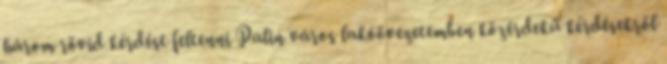
három rövid kérdést feltenni Palin város lakóövezetemben közérdekű kérdésekről